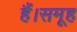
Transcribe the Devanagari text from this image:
हैं।समूह